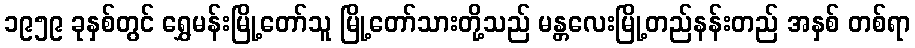
၁၉၅၉ ခုနှစ်တွင် ရွှေမန်းမြို့တော်သူ မြို့တော်သားတို့သည် မန္တလေးမြို့တည်နန်းတည် အနှစ် တစ်ရာ